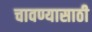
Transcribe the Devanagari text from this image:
चावण्यासाठी